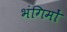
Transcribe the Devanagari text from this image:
भंगिमों